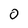
Character: 0